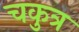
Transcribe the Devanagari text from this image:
चकुत्र